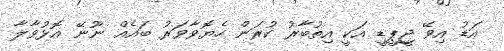
އަޑު އިވޭ ޖީޕީޑީ އަކީ އިތުބާރު ކުރަން ހެޔޮވާވަރު ބައެއް ނޫނޭ އޮޅުވާލާ